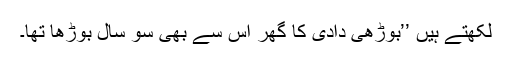
لکھتے ہیں ’’بوڑھی دادی کا گھر اس سے بھی سو سال بوڑھا تھا۔